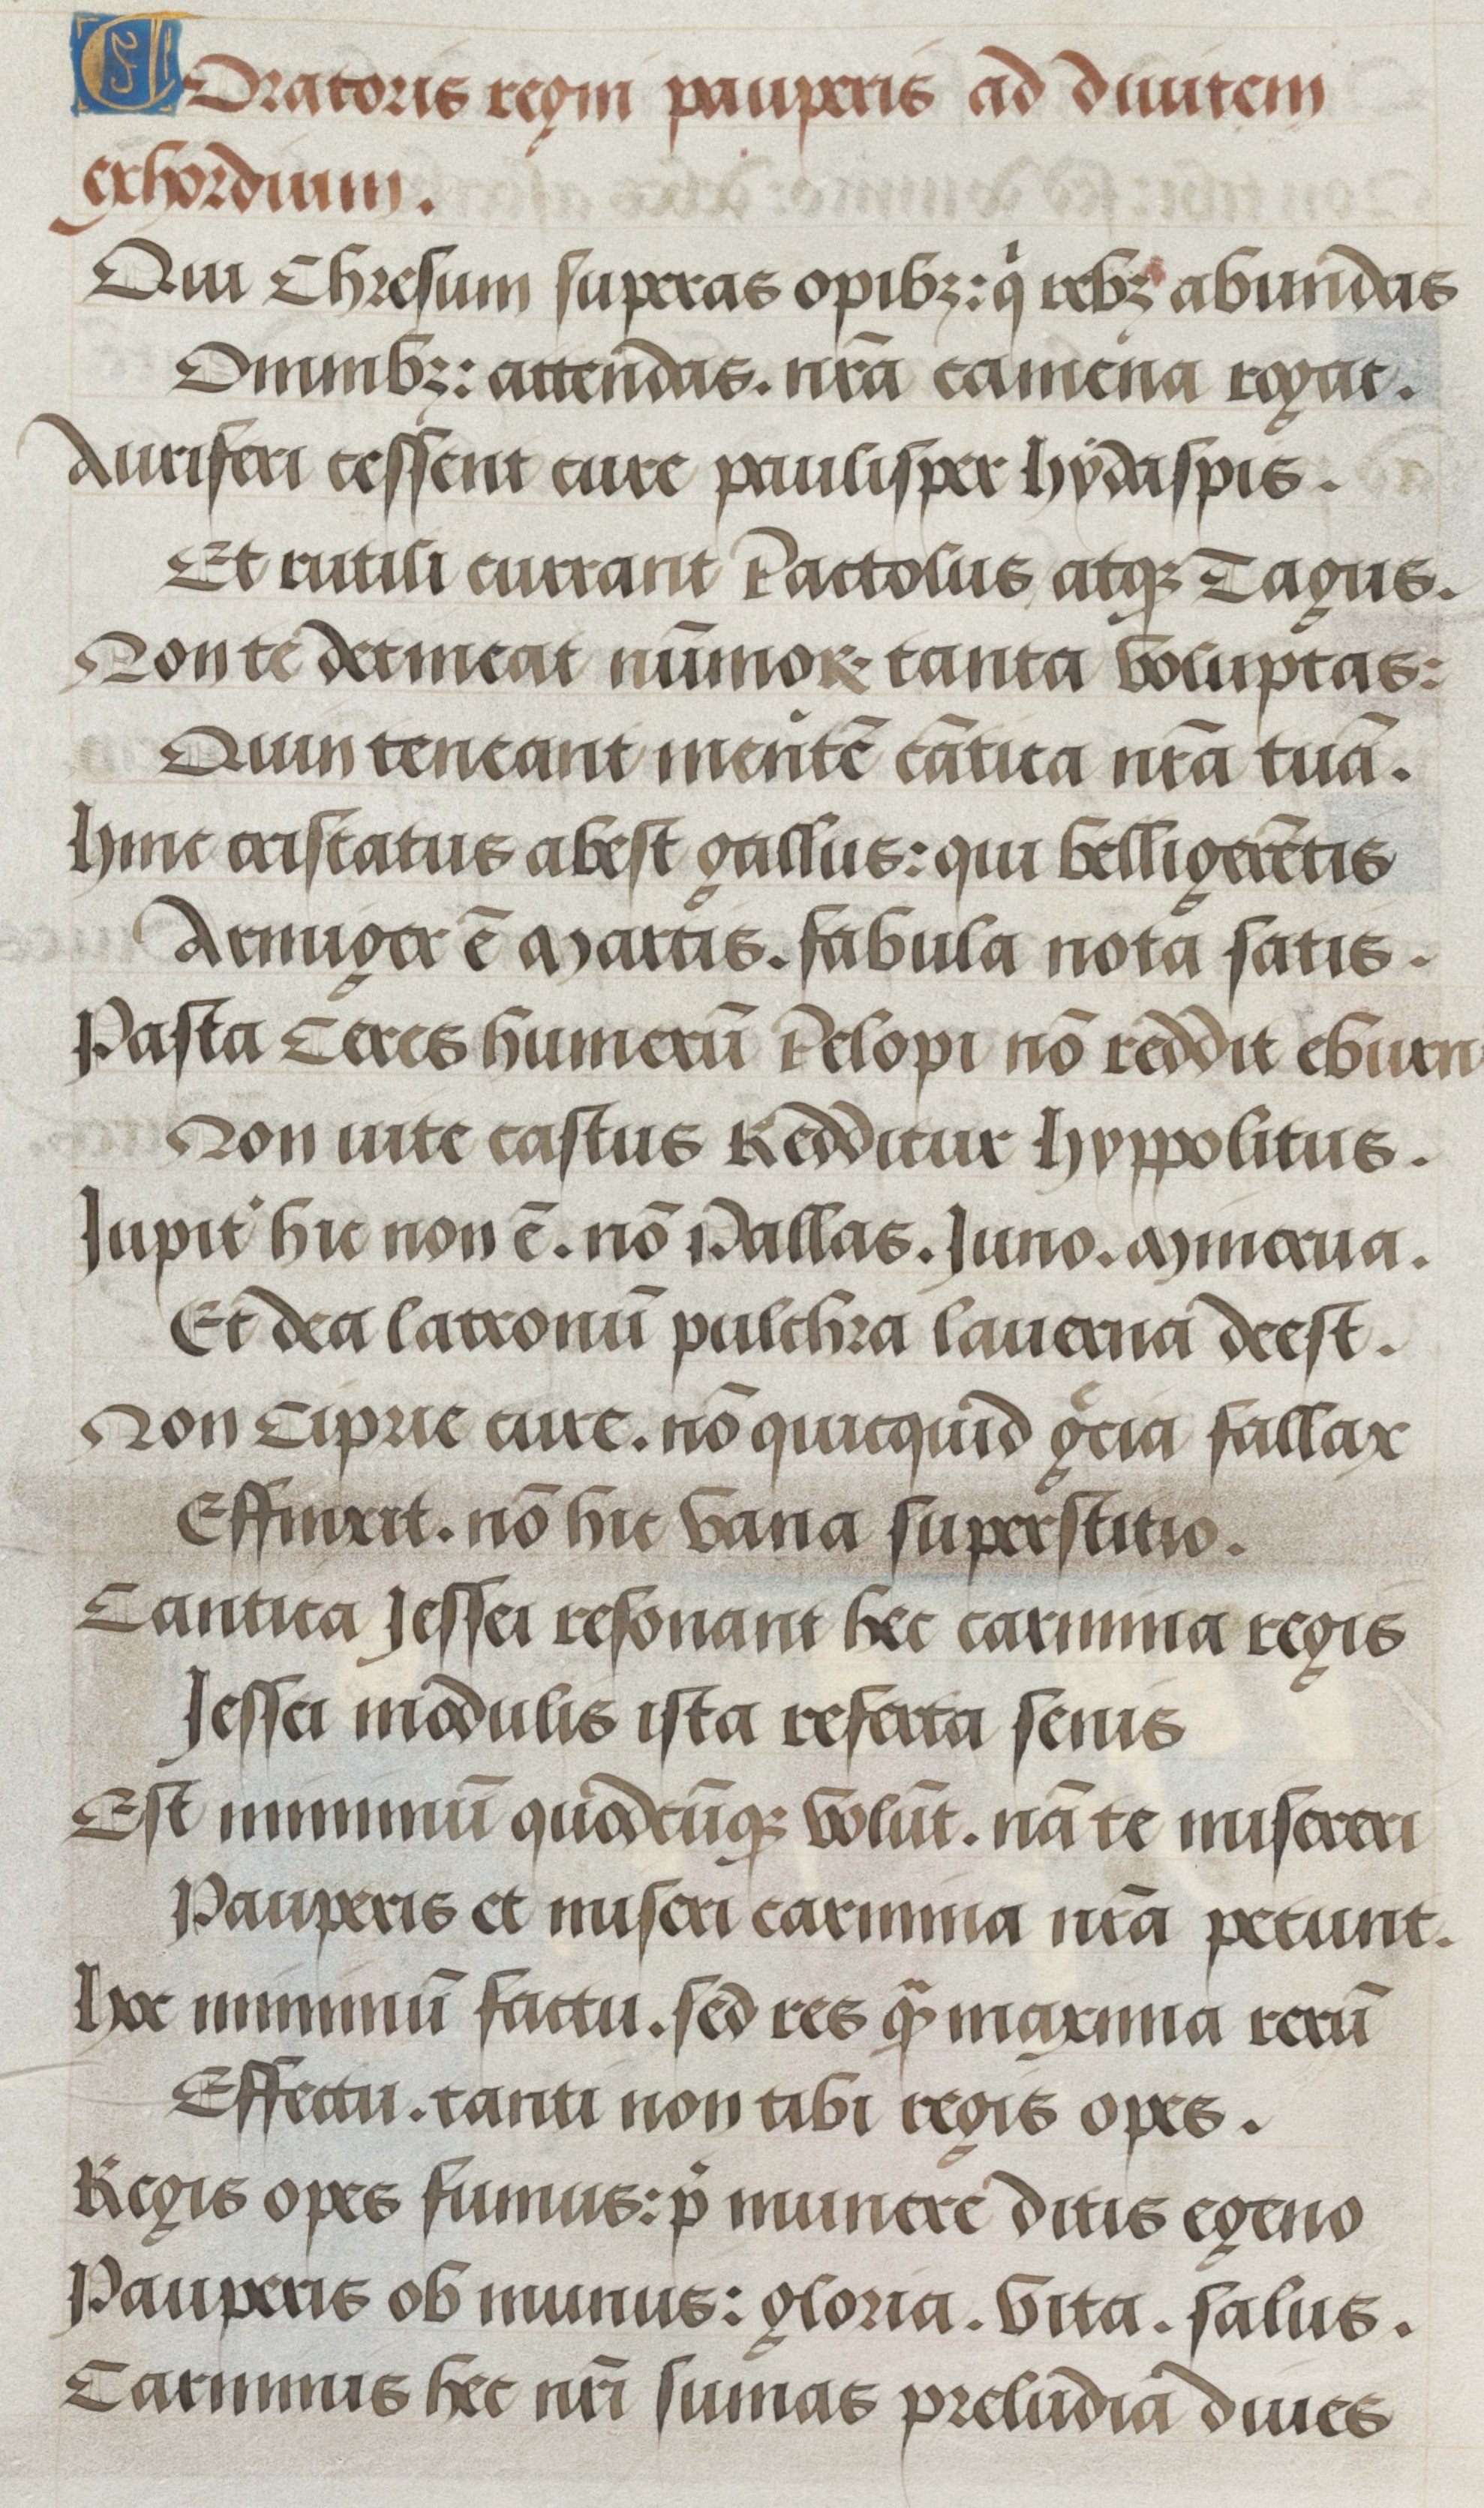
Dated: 1500–1530